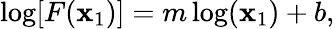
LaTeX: \log[F(\mathbf{x}_{1})]=m\log(\mathbf{x}_{1})+b,